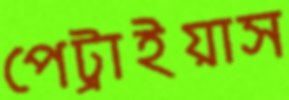
পেট্রাইয়াস